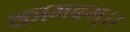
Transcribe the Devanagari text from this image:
कामदम्।।